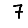
Digit: 7